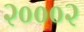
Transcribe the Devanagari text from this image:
२०००२